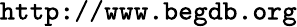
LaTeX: \texttt{http://www.begdb.org}